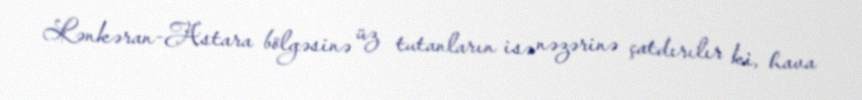
Lənkəran-Astara bölgəsinə üz tutanların isə nəzərinə çatdırılır ki, hava